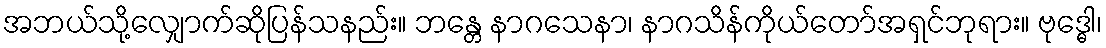
အဘယ်သို့လျှောက်ဆိုပြန်သနည်း။ ဘန္တေ နာဂသေနာ၊ နာဂသိန်ကိုယ်တော်အရှင်ဘုရား။ ဗုဒ္ဓေါ၊